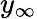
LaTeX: y_{\infty}